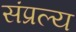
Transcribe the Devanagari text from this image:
संप्रल्य